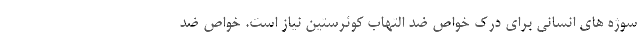
سوژه های انسانی برای درک خواص ضد التهاب کوئرستین نیاز است. خواص ضد